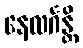
နေလင်္ဂန္တိ